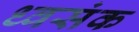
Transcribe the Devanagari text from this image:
ध्वसंक